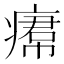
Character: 𤸷